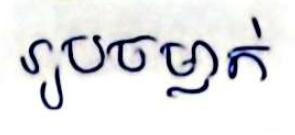
រូបចម្លាក់